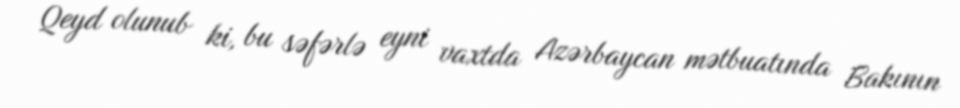
Qeyd olunub ki, bu səfərlə eyni vaxtda Azərbaycan mətbuatında Bakının